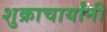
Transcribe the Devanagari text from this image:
शुक्राचार्यांनी